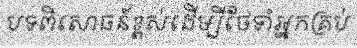
បទពិសោធន៍ខ្ពស់ដើម្បីថែទាំអ្នកគ្រប់